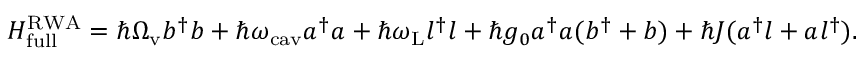
\begin{array} { r } { H _ { \mathrm { f u l l } } ^ { \mathrm { R W A } } = \hbar \Omega _ { \mathrm { v } } b ^ { \dagger } b + \hbar \omega _ { \mathrm { c a v } } a ^ { \dagger } a + \hbar \omega _ { \mathrm { L } } l ^ { \dagger } l + \hbar g _ { 0 } a ^ { \dagger } a ( b ^ { \dagger } + b ) + \hbar J ( a ^ { \dagger } l + a l ^ { \dagger } ) . } \end{array}